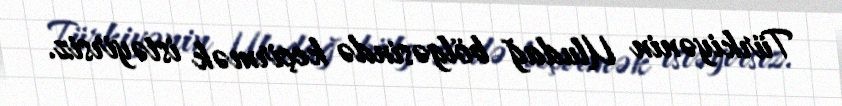
Türkiyənin Uludağ bölgəsində keçirmək istəyirsiz.